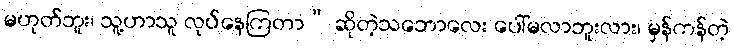
မဟုတ်ဘူး၊ သူ့ဟာသူ လုပ်နေကြတာ” ဆိုတဲ့သဘောလေး ပေါ်မလာဘူးလား၊ မှန်ကန်တဲ့